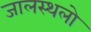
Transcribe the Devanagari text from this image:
जालस्थलो